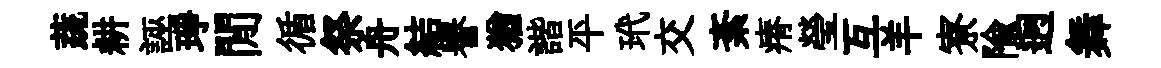
蔬耕誣琤閒循祭舟結譽猶諧平玳交紊瘠瑩互羊寮隃迥舞